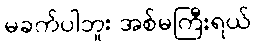
မခက်ပါဘူး အစ်မကြီးရယ်